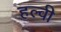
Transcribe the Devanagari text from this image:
हल्वी